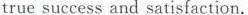
true success and satisfaction.